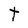
Character: t